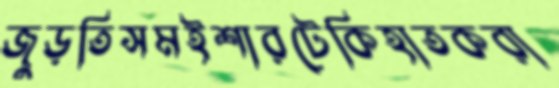
জুড়তিসমইশারটেকিহাতকরা